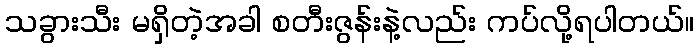
သခွားသီး မရှိတဲ့အခါ စတီးဇွန်းနဲ့လည်း ကပ်လို့ရပါတယ်။